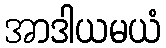
အာဒါယမယံ